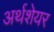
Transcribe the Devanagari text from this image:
अर्थशेयर